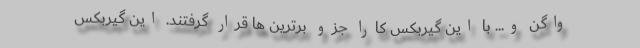
واگن و... با این گیربکس کارا جزو برترین ها قرار گرفتند. این گیربکس